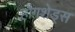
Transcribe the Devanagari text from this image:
हौगशेड्स